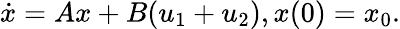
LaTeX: {\dot{x}}=Ax+B(u_{1}+u_{2}),x(0)=x_{0}.